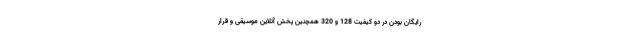
رایگان بودن در دو کیفیت 128 و 320 همچنین پخش آنلاین موسیقی و قرار